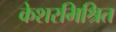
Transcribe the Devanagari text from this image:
केशरमिश्रित